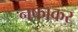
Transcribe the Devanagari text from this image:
नफाकर